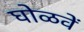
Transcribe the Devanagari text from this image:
घोळवें